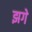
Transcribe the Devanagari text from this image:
झगे